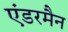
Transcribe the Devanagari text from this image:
एंडरमैन